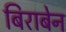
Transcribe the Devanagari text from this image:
बिराबेन